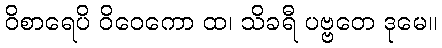
ဝိစာရေပိ ဝိဝေကော ထ၊ သိခရီ ပဗ္ဗတေ ဒုမေ။